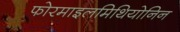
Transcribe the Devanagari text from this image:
फोरमाइलमिथियोनिन